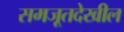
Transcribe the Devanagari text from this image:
समजूतदेखील